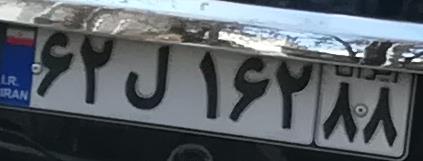
۶۲ل۱۶۲۸۸